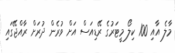
މާލެ އާއި 100 ކިލޯ މީޓަރުގެ ރޭޑިއަސް އަށް ވުރެން ދުރަށް ރާއްޖޭގައި